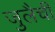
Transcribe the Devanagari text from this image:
जुलैची